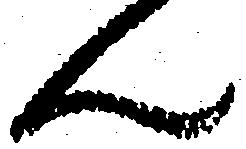
ん